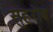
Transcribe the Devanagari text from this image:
सुहरोब